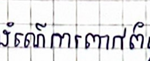
ដំណើរការពាក់ព័ន្ធ